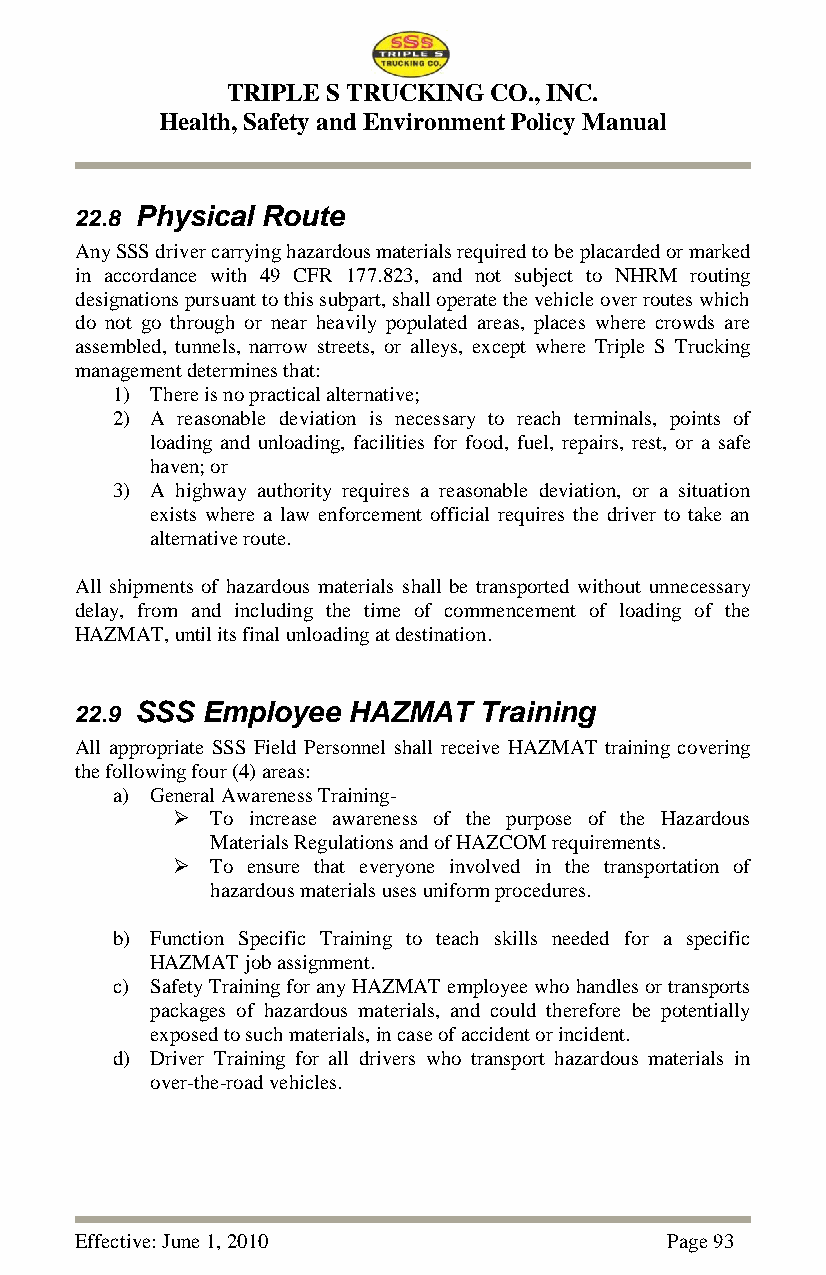
TRIPLE S TRUCKING CO., INC.
 Health, Safety and Environment Policy Manual
 22.8 Physical Route
 Any SSS driver carrying hazardous materials required to be placarded or marked
 in accordance with 49 CFR 177.823, and not subject to NHRM routing
 designations pursuant to this subpart, shall operate the vehicle over routes which
 do not go through or near heavily populated areas, places where crowds are
 assembled, tunnels, narrow streets, or alleys, except where Triple S Trucking
 management determines that:
 1) There is no practical alternative;
 2) A reasonable deviation is necessary to reach terminals, points of
 loading and unloading, facilities for food, fuel, repairs, rest, or a safe
 haven; or
 3) A highway authority requires a reasonable deviation, or a situation
 exists where a law enforcement official requires the driver to take an
 alternative route.
 All shipments of hazardous materials shall be transported without unnecessary
 delay, from and including the time of commencement of loading of the
 HAZMAT, until its final unloading at destination.
 22.9 SSS Employee HAZMAT   Training
 All appropriate SSS Field Personnel shall receive HAZMAT training covering
 the following four (4) areas:
 a) General Awareness Training-
   To increase awareness of the purpose of the Hazardous
 Materials Regulations and of HAZCOM requirements.
   To ensure that everyone involved in the transportation of
 hazardous materials uses uniform procedures.
 b) Function Specific Training to teach skills needed for a specific
 HAZMAT job assignment.
 c) Safety Training for any HAZMAT employee who handles or transports
 packages of hazardous materials, and could therefore be potentially
 exposed to such materials, in case of accident or incident.
 d) Driver Training for all drivers who transport hazardous materials in
 over-the-road vehicles.
 Effective: June 1, 2010                Page 93